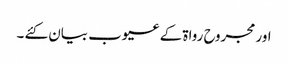
اور مجروح رواۃ کے عیوب بیان کئے ۔